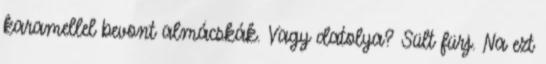
karamellel bevont almácskák. Vagy datolya? Sült fürj. Na ezt